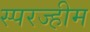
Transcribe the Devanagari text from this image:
स्परज्हीम